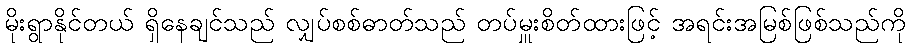
မိုးရွာနိုင်တယ် ရှိနေချင်သည် လျှပ်စစ်ဓာတ်သည် တပ်မှူးစိတ်ထားဖြင့် အရင်းအမြစ်ဖြစ်သည်ကို